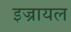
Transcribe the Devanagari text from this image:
इज्रायल